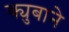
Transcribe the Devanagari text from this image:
क्युबाने